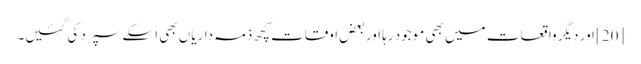
[20] اور دیگر واقعات میں بھی موجود رہا اور بعض اوقات کچھ ذمہ داریاں بھی اسکے سپرد کی گئیں۔